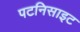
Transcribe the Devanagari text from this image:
पटनिसाइट